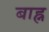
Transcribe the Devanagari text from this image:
बाह्न